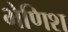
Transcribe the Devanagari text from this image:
भेणिश